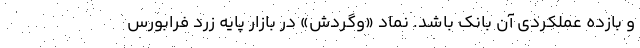
و بازده عملکردی آن بانک باشد. نماد «وگردش» در بازار پایه زرد فرابورس